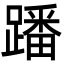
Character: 蹯